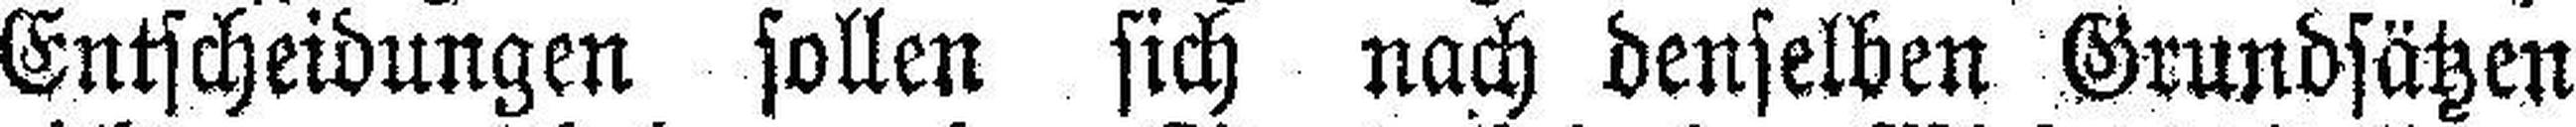
Entscheidungen sollen sich nach denselben Grundsätzen